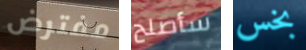
مفترض سأصلح بخس